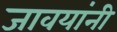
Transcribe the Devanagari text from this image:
जावयांनी